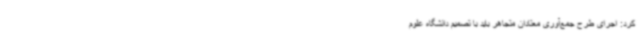
کرد: اجرای طرح جمع‌آوری معتادان متجاهر باید با تصمیم دانشگاه علوم